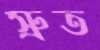
স্রুত